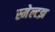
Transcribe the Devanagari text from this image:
स्मेल्टझ